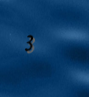
3